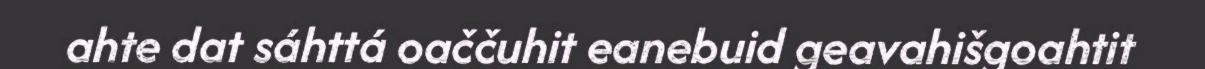
ahte dat sáhttá oaččuhit eanebuid geavahišgoahtit